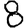
Digit: 8